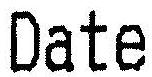
DATE